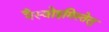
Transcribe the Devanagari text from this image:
नैस्वोइमिस्तेलु